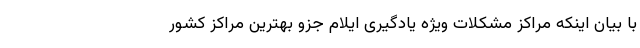
با بیان اینکه مراکز مشکلات ویژه یادگیری ایلام جزو بهترین مراکز کشور